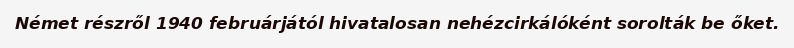
Német részről 1940 februárjától hivatalosan nehézcirkálóként sorolták be őket.